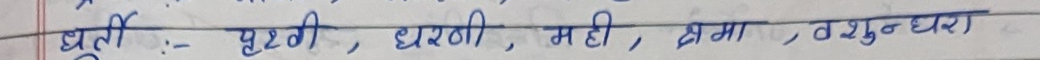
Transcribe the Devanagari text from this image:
धुर्ती - पृथ्वी, धरणी, मही, अचला, वसुंधरा